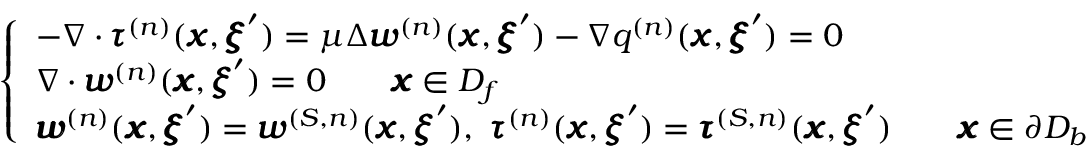
\left\{ \begin{array} { l l } { - \nabla \cdot { \pmb \tau } ^ { ( n ) } ( { \pmb x } , { \pmb \xi } ^ { \prime } ) = \mu \Delta { \pmb w } ^ { ( n ) } ( { \pmb x } , { \pmb \xi } ^ { \prime } ) - \nabla q ^ { ( n ) } ( { \pmb x } , { \pmb \xi } ^ { \prime } ) = 0 } \\ { \nabla \cdot { \pmb w } ^ { ( n ) } ( { \pmb x } , { \pmb \xi } ^ { \prime } ) = 0 \qquad { \pmb x } \in D _ { f } } \\ { { \pmb w } ^ { ( n ) } ( { \pmb x } , { \pmb \xi } ^ { \prime } ) = { \pmb w } ^ { ( S , n ) } ( { \pmb x } , { \pmb \xi } ^ { \prime } ) , \ { \pmb \tau } ^ { ( n ) } ( { \pmb x } , { \pmb \xi } ^ { \prime } ) = { \pmb \tau } ^ { ( S , n ) } ( { \pmb x } , { \pmb \xi } ^ { \prime } ) \qquad { \pmb x } \in \partial D _ { b } } \end{array} \right.